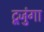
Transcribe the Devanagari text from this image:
टूजुंगा